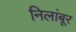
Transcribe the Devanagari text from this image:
निलांबूर